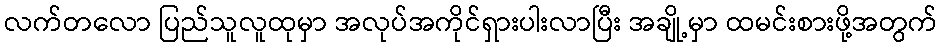
လက်တလော ပြည်သူလူထုမှာ အလုပ်အကိုင်ရှားပါးလာပြီး အချို့မှာ ထမင်းစားဖို့အတွက်